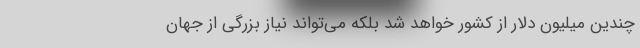
چندین میلیون دلار از کشور خواهد شد بلکه می‌تواند نیاز بزرگی از جهان